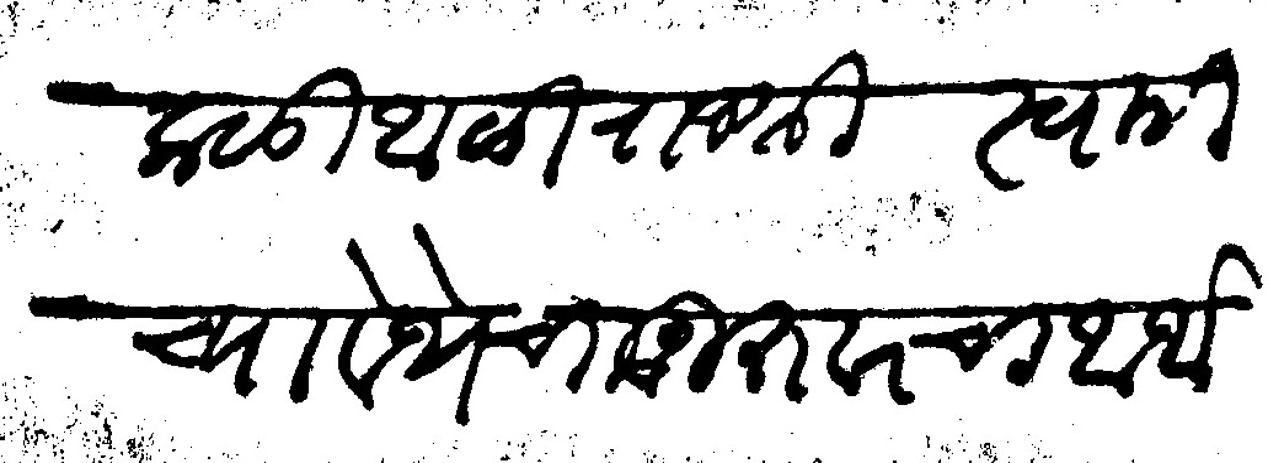
Transliteration (Devanagari): कळो आळा राजश्री स्वामीच्या वेथेचा गुरुवारचा आर्थ